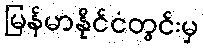
မြန်မာနိုင်ငံတွင်းမှ